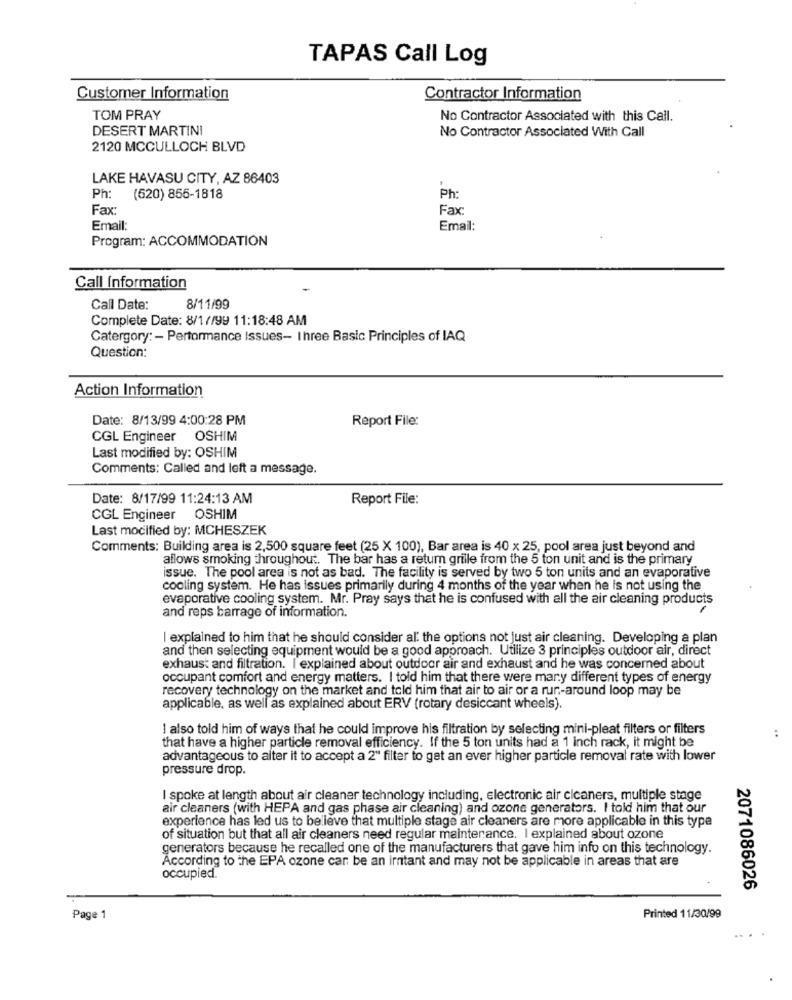
TAPAS Call Log
Customer Information
Contractor Information
TOM PRAY
No Contractor Associated with this Call.
DESERT MARTINI
No Contractor Associated With Call
2120 MCCULLOCH BLVD
LAKE HAVASU CITY, AZ 86403
Ph
(520) 855-1818
Ph:
Fax:
Fax:
Email:
Email:
Program: ACCOMMODATION
Call Information
Call Date:
8/11/99
Complete Date: 8/1//99 11:18:48 AM
Catergory: - Performance Issues- Ihree Basic Principles of IAQ
Question:
Action Information
Date: 8/13/99 4:00:28 PM
Report File:
CGL Engineer OSHIM
Last modified by: OSHIM
Comments: Called and left a message.
Date: 8/17/99 11:24:13 AM
Report File:
CGL Engineer OSHIM
Last modified by: MCHESZEK
Comments: Building area is 2,500 square feet (25 X 100), Bar area is 40 x 25, pool area just beyond and
allows smoking throughout. The bar has a return grille from the 5 ton unit and is the primary
issue. The pool area is not as bad. The facility is served by two 5 ton units and an evaporative
cooling system. He has issues primarily during 4 months of the year when he is not using the
evaporative cooling system. Mr. Pray says that he is confused with all the air cleaning products
and reps barrage of information.
I explained to him that he should consider al: the options not just air cleaning. Developing a plan
and then selecting equipment would be a good approach. Utilize 3 principles outdoor air, direct
exhaust and filtration. I'explained about outdoor air and exhaust and he was concerned about
occupant comfort and energy matters. I told him that there were many different types of energy
recovery technology on the market and told him that air to air or a run-around loop may be
applicable, as well as explained about ERV (rotary desiccant wheels).
I also told him of ways that he could improve his filtration by selecting mini-pleat filters or filters
that have a higher particle removal efficiency. If the 5 ton units had a 1 inch rack, it might be
advantageous to alter it to accept a 2" filter to get an ever higher particle removal rate with lower
pressure drop.
I spoke at length about air cleaner technology including, electronic air cleaners, multiple stage
air cleaners (with HEPA and gas phase air cleaning) and ozone generators. I told him that our
experience has led us to believe that multiple stage air cleaners are more applicable in this type
of situation but that all air cleaners need regular maintenance. I explained about ozone
generators because he recalled one of the manufacturers that gave him info on this technology.
According to the EPA ozone car be an irritant and may not be applicable in areas that are
occupied.
2071086026
Page 1
Printed 11/30/99